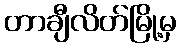
တာချီလိတ်မြို့မှ